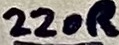
Text: 220R